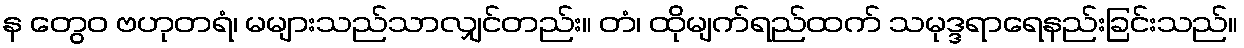
န တွေဝ ဗဟုတရံ၊ မများသည်သာလျှင်တည်း။ တံ၊ ထိုမျက်ရည်ထက် သမုဒ္ဒရာရေနည်းခြင်းသည်။